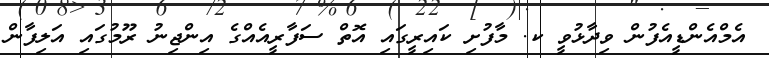
އެމްއެންޑީއެފުން ވިދާޅުވީ ކ. މާފުށި ކައިރީގައި އޮތް ސަފާރީއެއްގެ އިންޖިނު ރޫމުގައި އަލިފާން